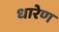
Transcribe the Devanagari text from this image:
धारेण